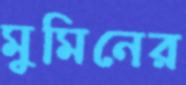
মুমিনের